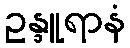
ဥန္ဒူရာနံ